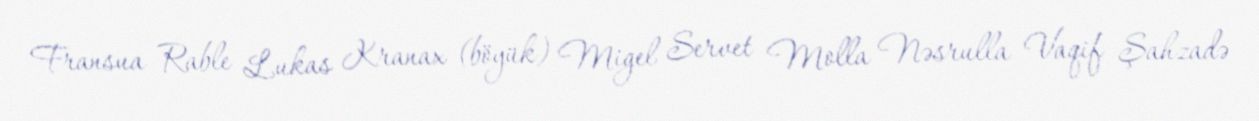
Fransua Rable Lukas Kranax (böyük) Migel Servet Molla Nəsrulla Vaqif Şahzadə